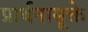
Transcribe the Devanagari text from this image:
प्रार्थनासूक्ते